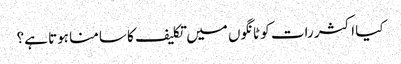
کیا اکثر رات کو ٹانگوں میں تکلیف کا سامنا ہوتا ہے؟